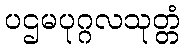
ပဌမပုဂ္ဂလသုတ္တံ